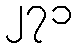
၂၇၁